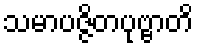
သမာပဇ္ဇိတပုဗ္ဗာတိ